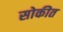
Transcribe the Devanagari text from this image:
सोकीत